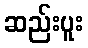
ဆည်းပူး